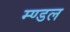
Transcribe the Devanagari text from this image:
म्ण्डल